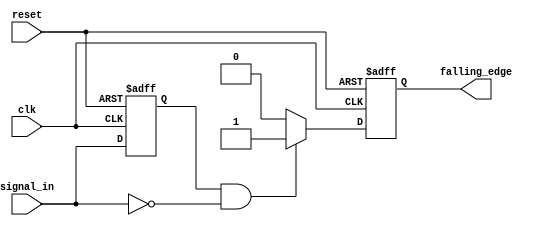
module falling_edge_detector (
    input wire clk,                // Clock input
    input wire reset,              // Asynchronous reset
    input wire signal_in,          // Input signal to monitor
    output reg falling_edge        // Output signal indicating falling edge
);

    reg signal_in_prev;            // Register to hold the previous state of signal_in

    // Always block to handle the clock edge and reset
    always @(posedge clk or posedge reset) begin
        if (reset) begin
            signal_in_prev <= 1'b0; // Initialize previous signal state on reset
            falling_edge <= 1'b0;    // Clear falling edge output on reset
        end else begin
            // Edge Detection Logic
            falling_edge <= (signal_in_prev == 1'b1 && signal_in == 1'b0) ? 1'b1 : 1'b0;

            // Update the previous state of signal_in
            signal_in_prev <= signal_in;
        end
    end

endmodule